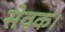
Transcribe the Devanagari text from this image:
सेवक।